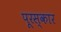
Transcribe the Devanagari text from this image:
पूरस्कार